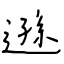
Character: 遜